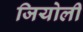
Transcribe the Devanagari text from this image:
जियोली